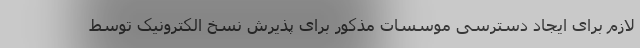
لازم برای ایجاد دسترسی موسسات مذکور برای پذیرش نسخ الکترونیک توسط